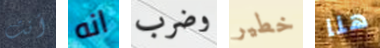
أنت انه وضرب خطير هنا